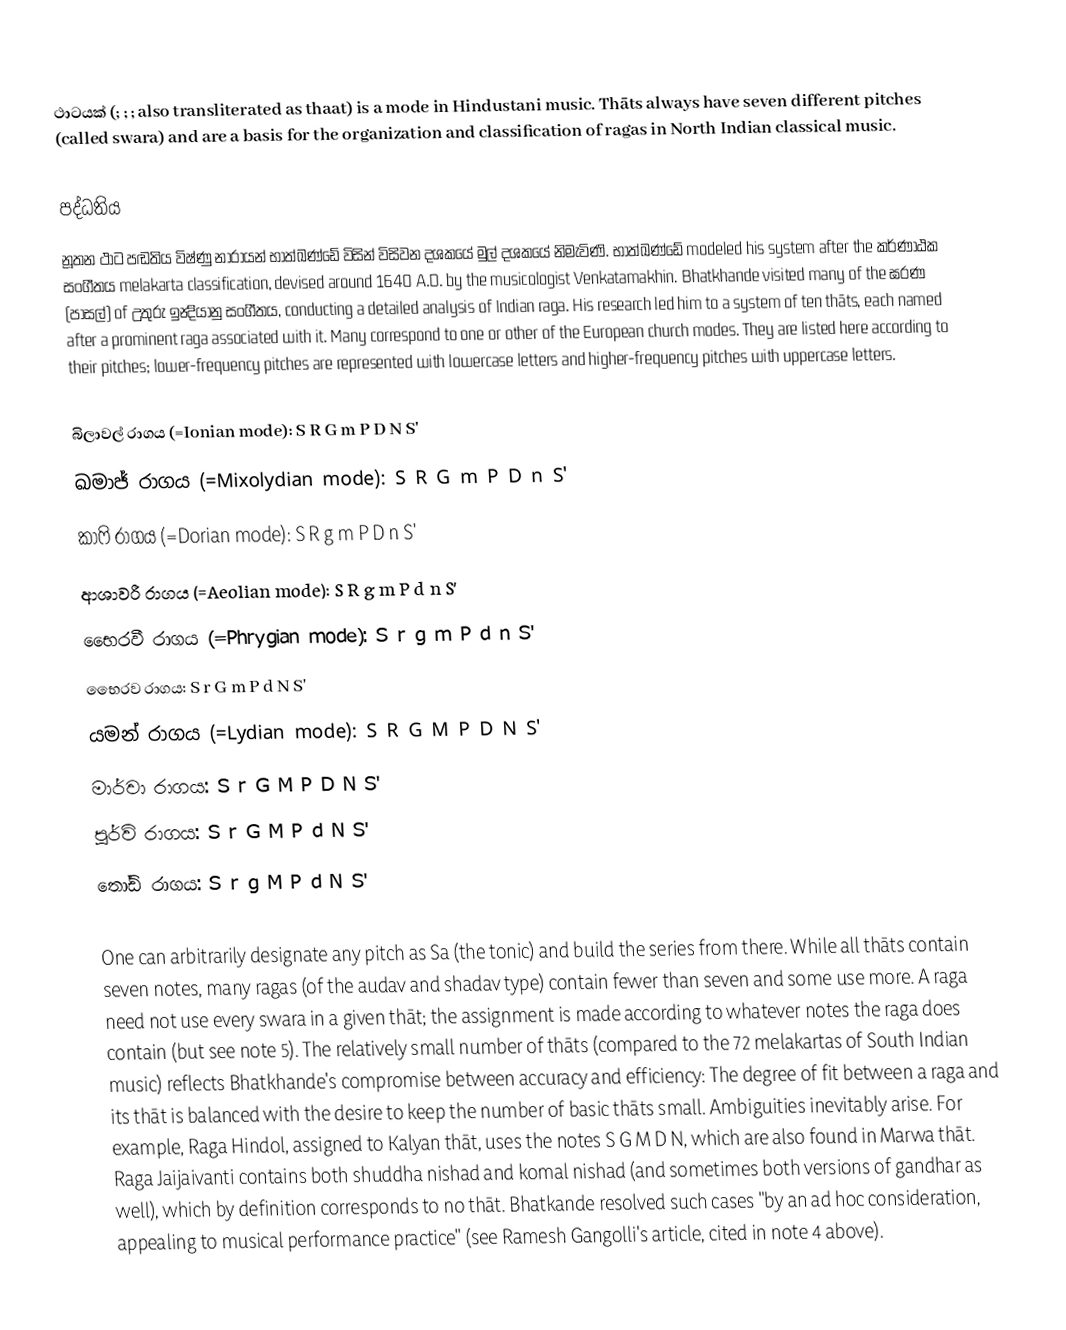
ථාටයක් (; ; ; also transliterated as thaat) is a mode in Hindustani music.  Thāts always have seven different pitches (called swara) and are a basis for the organization and classification of ragas in North Indian classical music.

පද්ධතිය
නූතන ථාට පඬතිය විෂ්ණු නාරායන් භාත්ඛණ්ඩේ විසින් විසිවන දශකයේ මුල් දශකයේ නිමැවිණි.  භාත්ඛණ්ඩේ modeled his system after the කර්ණාඨක සංගීතය melakarta classification, devised around 1640 A.D. by the musicologist Venkatamakhin. Bhatkhande visited many of the ඝරණ (පාසල්) of උතුරු ඉන්‍දියානු සංගීතය, conducting a detailed analysis of Indian raga. His research led him to a system of ten thāts, each named after a prominent raga associated with it. Many correspond to one or other of the European church modes. They are listed here according to their pitches; lower-frequency pitches are represented with lowercase letters and higher-frequency pitches with uppercase letters.

 බිලාවල් රාගය (=Ionian mode): S R G m P D N S'
 ඛමාජ් රාගය (=Mixolydian mode): S R G m P D n S'
 කාෆි රාගය (=Dorian mode): S R g m P D n S'
 ආශාවරී රාගය (=Aeolian mode): S R g m P d n S'
 භෛරවී රාගය (=Phrygian mode): S r g m P d n S'
 භෛරව රාගය: S r G m P d N S'
 යමන් රාගය (=Lydian mode): S R G M P D N S'
 මාර්වා රාගය: S r G M P D N S'
 පූර්වි රාගය: S r G M P d N S'
 තෝඩි රාගය: S r g M P d N S'

One can arbitrarily designate any pitch as Sa (the tonic) and build the series from there. While all thāts contain seven notes, many ragas (of the audav and shadav type) contain fewer than seven and some use more. A raga need not use every swara in a given thāt; the assignment is made according to whatever notes the raga does contain (but see note 5). The relatively small number of thāts (compared to the 72 melakartas of South Indian music) reflects Bhatkhande's compromise between accuracy and efficiency: The degree of fit between a raga and its thāt is balanced with the desire to keep the number of basic thāts small. Ambiguities inevitably arise. For example, Raga Hindol, assigned to Kalyan thāt, uses the notes S G M D N, which are also found in Marwa thāt. Raga Jaijaivanti contains both shuddha nishad and komal nishad (and sometimes both versions of gandhar as well), which by definition corresponds to no thāt. Bhatkande resolved such cases "by an ad hoc consideration, appealing to musical performance practice" (see Ramesh Gangolli's article, cited in note 4 above).